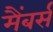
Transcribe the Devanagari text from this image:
मैंबर्स